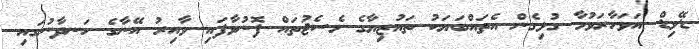
ޑޭވިޑް އަވަހާރަވުމާ ގުޅިގެން އެތައްބަޔަކު ތައުޒިޔާގެ މެސެޖުތައް ފޮނުވާފައި ވާއިރު އޭނާގެ ހަނދާނުގައި